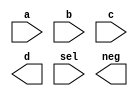
// StudentID StudentName

module exam1_A(a, b, c, d, sel, neg);
    input [2:0] a, b, c;
    input [1:0] sel;
    output neg;
    output [3:0] d;

    // add your design here

endmodule